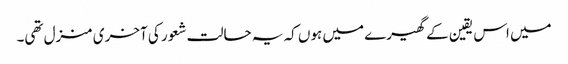
میں اس یقین کے گھیرے میں ہوں کہ یہ حالت شعور کی آخری منزل تھی۔